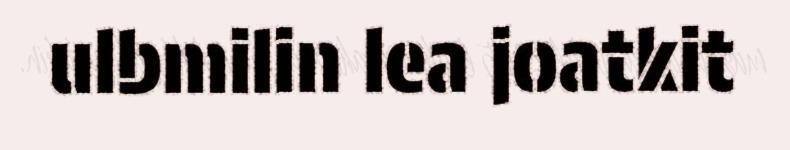
ulbmilin lea joatkit